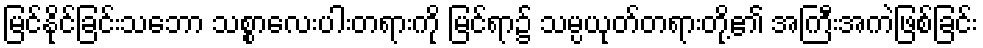
မြင်နိုင်ခြင်းသဘော သစ္စာလေးပါးတရားကို မြင်ရာ၌ သမ္ပယုတ်တရားတို့၏ အကြီးအကဲဖြစ်ခြင်း